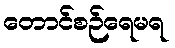
တောင်စဉ်ရေမရ